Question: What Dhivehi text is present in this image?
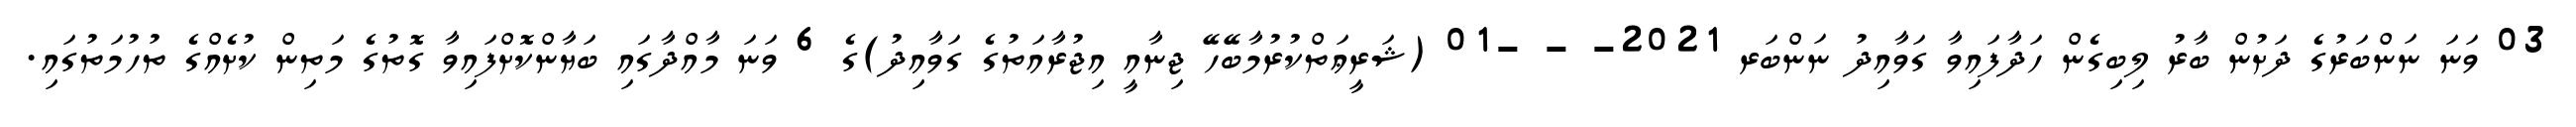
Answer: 03 ވަނަ ނަންބަރުގެ ދަށުން ބާރު ލިބިގެން ހަދާފައިވާ ގަވާއިދު ނަންބަރ 2021- - -01 (ޝަރީޢަތްކުރުމާބޭހޭ ޖިނާއީ އިޖުރާއަތުގެ ގަވާއިދު)ގެ 6 ވަނަ މާއްދާގައި ބަޔާންކޮށްފައިވާ ގޮތުގެ މަތިން ކުށެއްގެ ތުހުމަތުގައި.